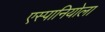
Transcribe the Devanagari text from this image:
एस्पानियोला